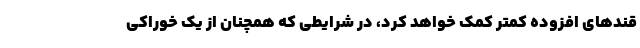
قندهای افزوده کمتر کمک خواهد کرد، در شرایطی که همچنان از یک خوراکی